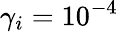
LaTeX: \gamma_{i}=10^{-4}